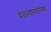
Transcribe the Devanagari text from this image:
घेतल्यानंतरच्या